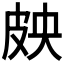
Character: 𱲁